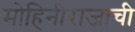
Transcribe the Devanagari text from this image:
मोहिनीराजाची